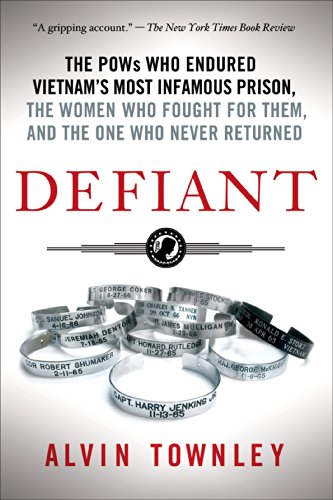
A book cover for Defiant: The POWs Who Endured Vietnam's Most Infamous Prison, the Women Who Fought for Them, and the One Who Never Returned; Alvin Townley; Parenting & Relationships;